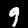
Digit: 9